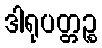
ဒါရုပတ္တဉ္စ